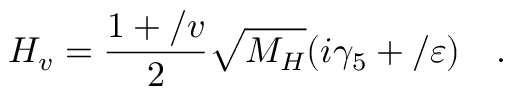
{ \cal H } _ { v } = \frac { 1 + \slash { v } } { 2 } \sqrt { M _ { H } } ( i \gamma _ { 5 } + \slash { \varepsilon } ) \quad .